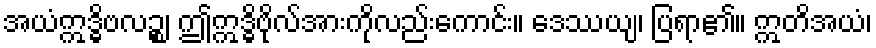
အယံဣဒ္ဓိဗလဉ္စ၊ ဤဣဒ္ဓိဗိုလ်အားကိုလည်းကောင်း။ ဒေဿယျ၊ ပြရာ၏။ ဣတိအယံ၊